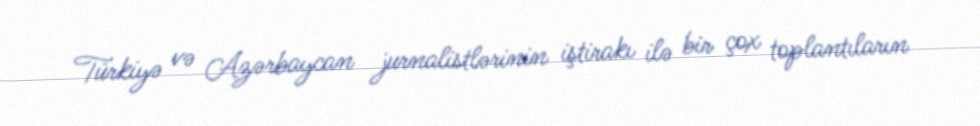
Türkiyə və Azərbaycan jurnalistlərinin iştirakı ilə bir çox toplantıların